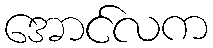
အောင်လက